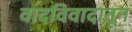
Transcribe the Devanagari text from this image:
वादविवादातून